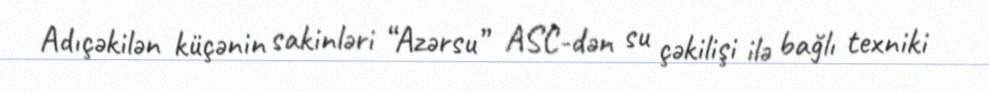
Adıçəkilən küçənin sakinləri “Azərsu” ASC-dən su çəkilişi ilə bağlı texniki